Indian journal of veterinary science and animal husbandry - Volumes 18-21, 1948-1951
Year: 1948
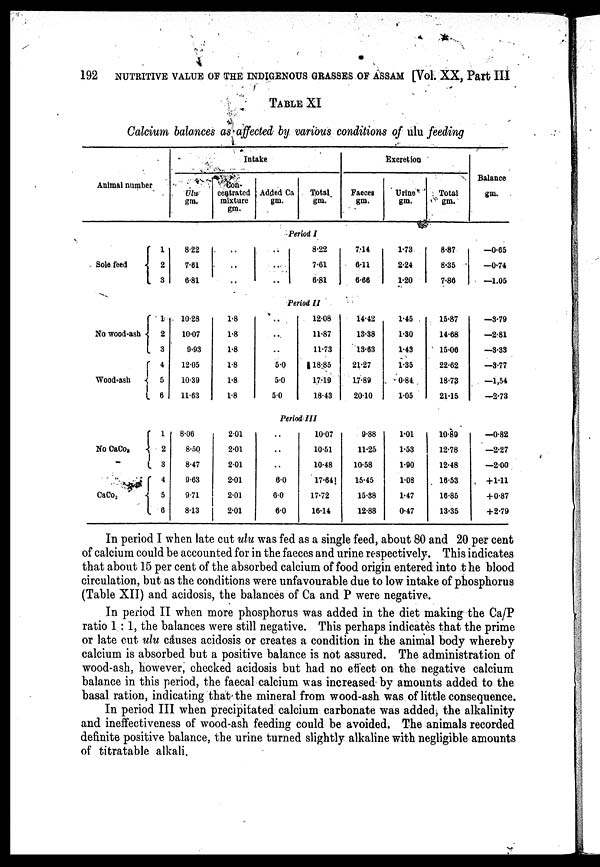
192
NUTRITIVE VALUE OF THE INDIGENOUS GRASSES OF ASSAM [Vol. XX, Part III
TABLE XI
Calcium balances as affected by various conditions of ulu feeding
Animal number
Intake
Ulu
gm.
Con-
centrated
mixture
gm.
Added Ca
gm.
Total
gm.
Excretion
Faeces
gm.
Urine
gm.
Total
gm.
Balance
gm.
Period I
Sole feed
1
2
3
8.22
7.61
6.81
..
..
..
..
..
..
8.22
7.61
6.81
7.14
6.11
6.66
1.73
2.24
1.20
8.87
8.35
7.86
—0.65
—0.74
—1.05
Period II
No wood-ash
Wood-ash
1
2
3
4
5
6
10.28
10.07
9.93
12.05
10.39
11.63
1.8
1.8
1.8
1.8
1.8
1.8
..
..
..
5.0
5.0
5.0
12.08
11.87
11.73
18.85
17.19
18.43
14.42
13.38
13.63
21.27
17.89
20.10
1.45
1.30
1.43
1.35
0.84
1.05
15.87
14.68
15.06
22.62
18.73
21.15
—3.79
—2.81
—3.33
—3.77
—1.54
—2.73
Period III
No
CaCo 3
CaCo 3
1
2
3
4
5
6
8.06
8.50
8.47
9.63
9.71
8.13
2.01
2.01
2.01
2.01
2.01
2.01
..
..
..
6.0
6.0
6.0
10.07
10.51
10.48
17.64
17.72
16.14
9.88
11.25
10.58
15.45
15.38
12.88
1.01
1.53
1.90
1.08
1.47
0.47
10.89
12.78
12.48
16.53
16.85
13.35
—0.82
—2.27
—2.00
+ 1.11
+0.87
+2.79
In period I when late cut ulu was fed as a single feed, about 80 and 20 per cent
of calcium could be accounted for in the faeces and urine respectively. This indicates
that about 15 per cent of the absorbed calcium of food origin entered into the blood
circulation, but as the conditions were unfavourable due to low intake of phosphorus
(Table XII) and acidosis, the balances of Ca and P were negative.
In period II when more phosphorus was added in the diet making the Ca/P
ratio 1 : 1, the balances were still negative. This perhaps indicates that the prime
or late cut ulu causes acidosis or creates a condition in the animal body whereby
calcium is absorbed but a positive balance is not assured. The administration of
wood-ash, however, checked acidosis but had no effect on the negative calcium
balance in this period, the faecal calcium was increased by amounts added to the
basal ration, indicating that the mineral from wood-ash was of little consequence.
In period III when precipitated calcium carbonate was added, the alkalinity
and ineffectiveness of wood-ash feeding could be avoided. The animals recorded
definite positive balance, the urine turned slightly alkaline with negligible amounts
of titratable alkali.